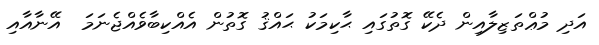
އަދި މުޢްތަޒިލާއިން ދެކޭ ގޮތުގައި ޙާކިމަކު ޙައްޤު ގޮތުން އެއްކިބާވެއްޖެނަމަ  އޭނާއާއި